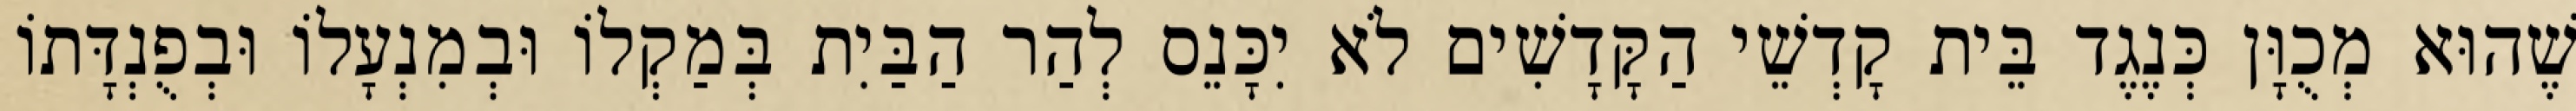
שֶׁהוּא מְכֻוָּן כְּנֶגֶד בֵּית קָדְשֵׁי הַקָּדָשִׁים לֹא יִכָּנֵס לְהַר הַבַּיִת בְּמַקְלוֹ וּבְמִנְעָלוֹ וּבְפֻנְדָּתוֹ